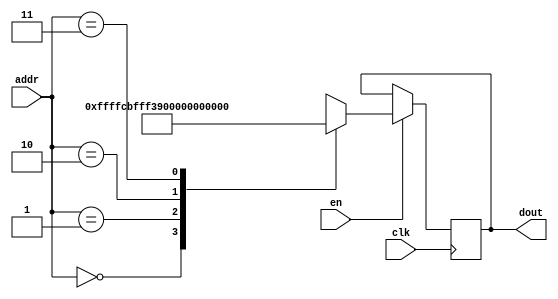
`timescale 1ns / 1ps
/*
Copyright
All right reserved.
Module Name: rom_syn
Author  : Zichuan Liu, Yixing Li and Wenye Liu.
Description:
A synthesized ROM: ROM_DEP x ROM_WID
*/
module AD_REF_ROM_24(
// inputs
clk,
en,
addr,
// outputs
dout
);
localparam ROM_WID = 22;
localparam ROM_DEP = 4;
localparam ROM_ADDR = 2;
// input definition
input clk;
input en;
input [ROM_ADDR-1:0] addr;
// output definition
output [ROM_WID-1:0] dout;
reg [ROM_WID-1:0] data;
always @(posedge clk)
begin
if (en) begin
case(addr)
		2'd0: data <= 22'b1111111111111111110010;
		2'd1: data <= 22'b1111111111111100111001;
		2'd2: data <= 22'b0000000000000000000100;
		2'd3: data <= 22'b0000000000000010000010;
		endcase
		end
	end
	assign dout = data;
endmodule